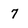
Character: 7